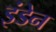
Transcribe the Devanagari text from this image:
इंडेन